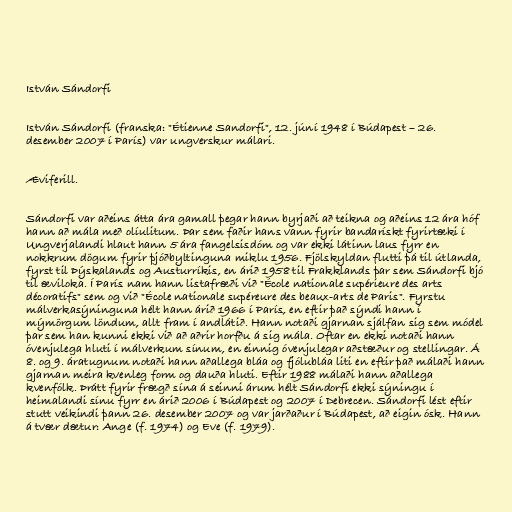
István Sándorfi

István Sándorfi (franska: "Étienne Sandorfi", 12. júní 1948 í Búdapest – 26.
desember 2007 í París) var ungverskur málari.

Æviferill.

Sándorfi var aðeins átta ára gamall þegar hann byrjaði að teikna og aðeins 12 ára hóf
hann að mála með olíulitum. Þar sem faðir hans vann fyrir bandarískt fyrirtæki í
Ungverjalandi hlaut hann 5 ára fangelsisdóm og var ekki látinn laus fyrr en
nokkrum dögum fyrir þjóðbyltinguna miklu 1956. Fjölskyldan flutti þá til útlanda,
fyrst til Þýskalands og Austurríkis, en árið 1958 til Frakklands þar sem Sándorfi bjó
til æviloka. Í París nam hann listafræði við "École nationale supérieure des arts
décoratifs" sem og við "École nationale supéreure des beaux-arts de Paris". Fyrstu
málverkasýninguna hélt hann árið 1966 í París, en eftir það sýndi hann í
mýmörgum löndum, allt fram í andlátið. Hann notaði gjarnan sjálfan sig sem módel
þar sem han kunni ekki við að aðrir horfðu á sig mála. Oftar en ekki notaði hann
óvenjulega hluti í málverkum sínum, en einnig óvenjulegar aðstæður og stellingar. Á
8. og 9. áratugnum notaði hann aðallega bláa og fjólubláa liti en eftir það málaði hann
gjarnan meira kvenleg form og dauða hluti. Eftir 1988 málaði hann aðallega
kvenfólk. Þrátt fyrir frægð sína á seinni árum hélt Sándorfi ekki sýningu í
heimalandi sínu fyrr en árið 2006 í Búdapest og 2007 í Debrecen. Sándorfi lést eftir
stutt veikindi þann 26. desember 2007 og var jarðaður í Búdapest, að eigin ósk. Hann
á tvær dætur: Ange (f. 1974) og Eve (f. 1979).